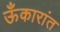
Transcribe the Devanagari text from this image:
ऊँकारांत